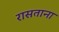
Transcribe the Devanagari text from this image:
रासताना